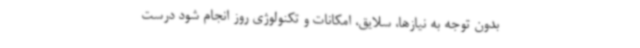
بدون توجه به نیازها، سلایق، امکانات و تکنولوژی روز انجام شود درست